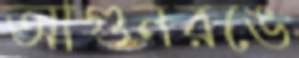
আগুনরঙে